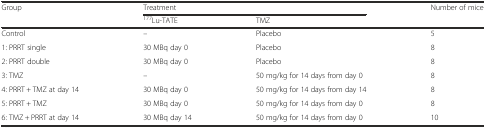
<table><thead><tr><td rowspan="2"><b>Group</b></td><td colspan="2"><b>Treatment</b></td><td><b>Number of mice</b></td></tr><tr><td><b><sup>177</sup>Lu-TATE</b></td><td colspan="2"><b>TMZ</b></td></tr></thead><tbody><tr><td>Control</td><td>–</td><td>Placebo</td><td>5</td></tr><tr><td>1: PRRT single</td><td>30 MBq day 0</td><td>Placebo</td><td>8</td></tr><tr><td>2: PRRT double</td><td>30 MBq day 0</td><td>Placebo</td><td>8</td></tr><tr><td>3: TMZ</td><td>–</td><td>50 mg/kg for 14 days from day 0</td><td>8</td></tr><tr><td>4: PRRT + TMZ at day 14</td><td>30 MBq day 0</td><td>50 mg/kg for 14 days from day 14</td><td>8</td></tr><tr><td>5: PRRT + TMZ</td><td>30 MBq day 0</td><td>50 mg/kg for 14 days from day 0</td><td>8</td></tr><tr><td>6: TMZ + PRRT at day 14</td><td>30 MBq day 14</td><td>50 mg/kg for 14 days from day 0</td><td>10</td></tr></tbody></table>